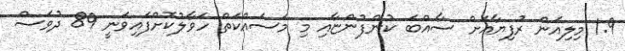
1.9 މިލިއަން ރުފިޔާއަށް ސާއްބަ ކުންފުންޏާއި މި މަސައްކަތް ހަވާލުކޮށްފައިވަނީ 89 ދުވަސް